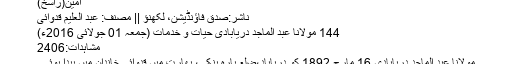
آمین(راسخ)
ناشر:صدق فاؤنڈیشن، لکھنؤ || مصنف: عبد العلیم قدوائی
144 مولانا عبد الماجد دریابادی حیات و خدمات (جمعہ 01 جولائی 2016ء)
مشاہدات:2406
مولانا عبد الماجد دریابادی 16 مارچ 1892 کو دریاباد،ضلع بارہ بنکی، بھارت میں قدوائی خاندان میں پیدا ہوئے۔